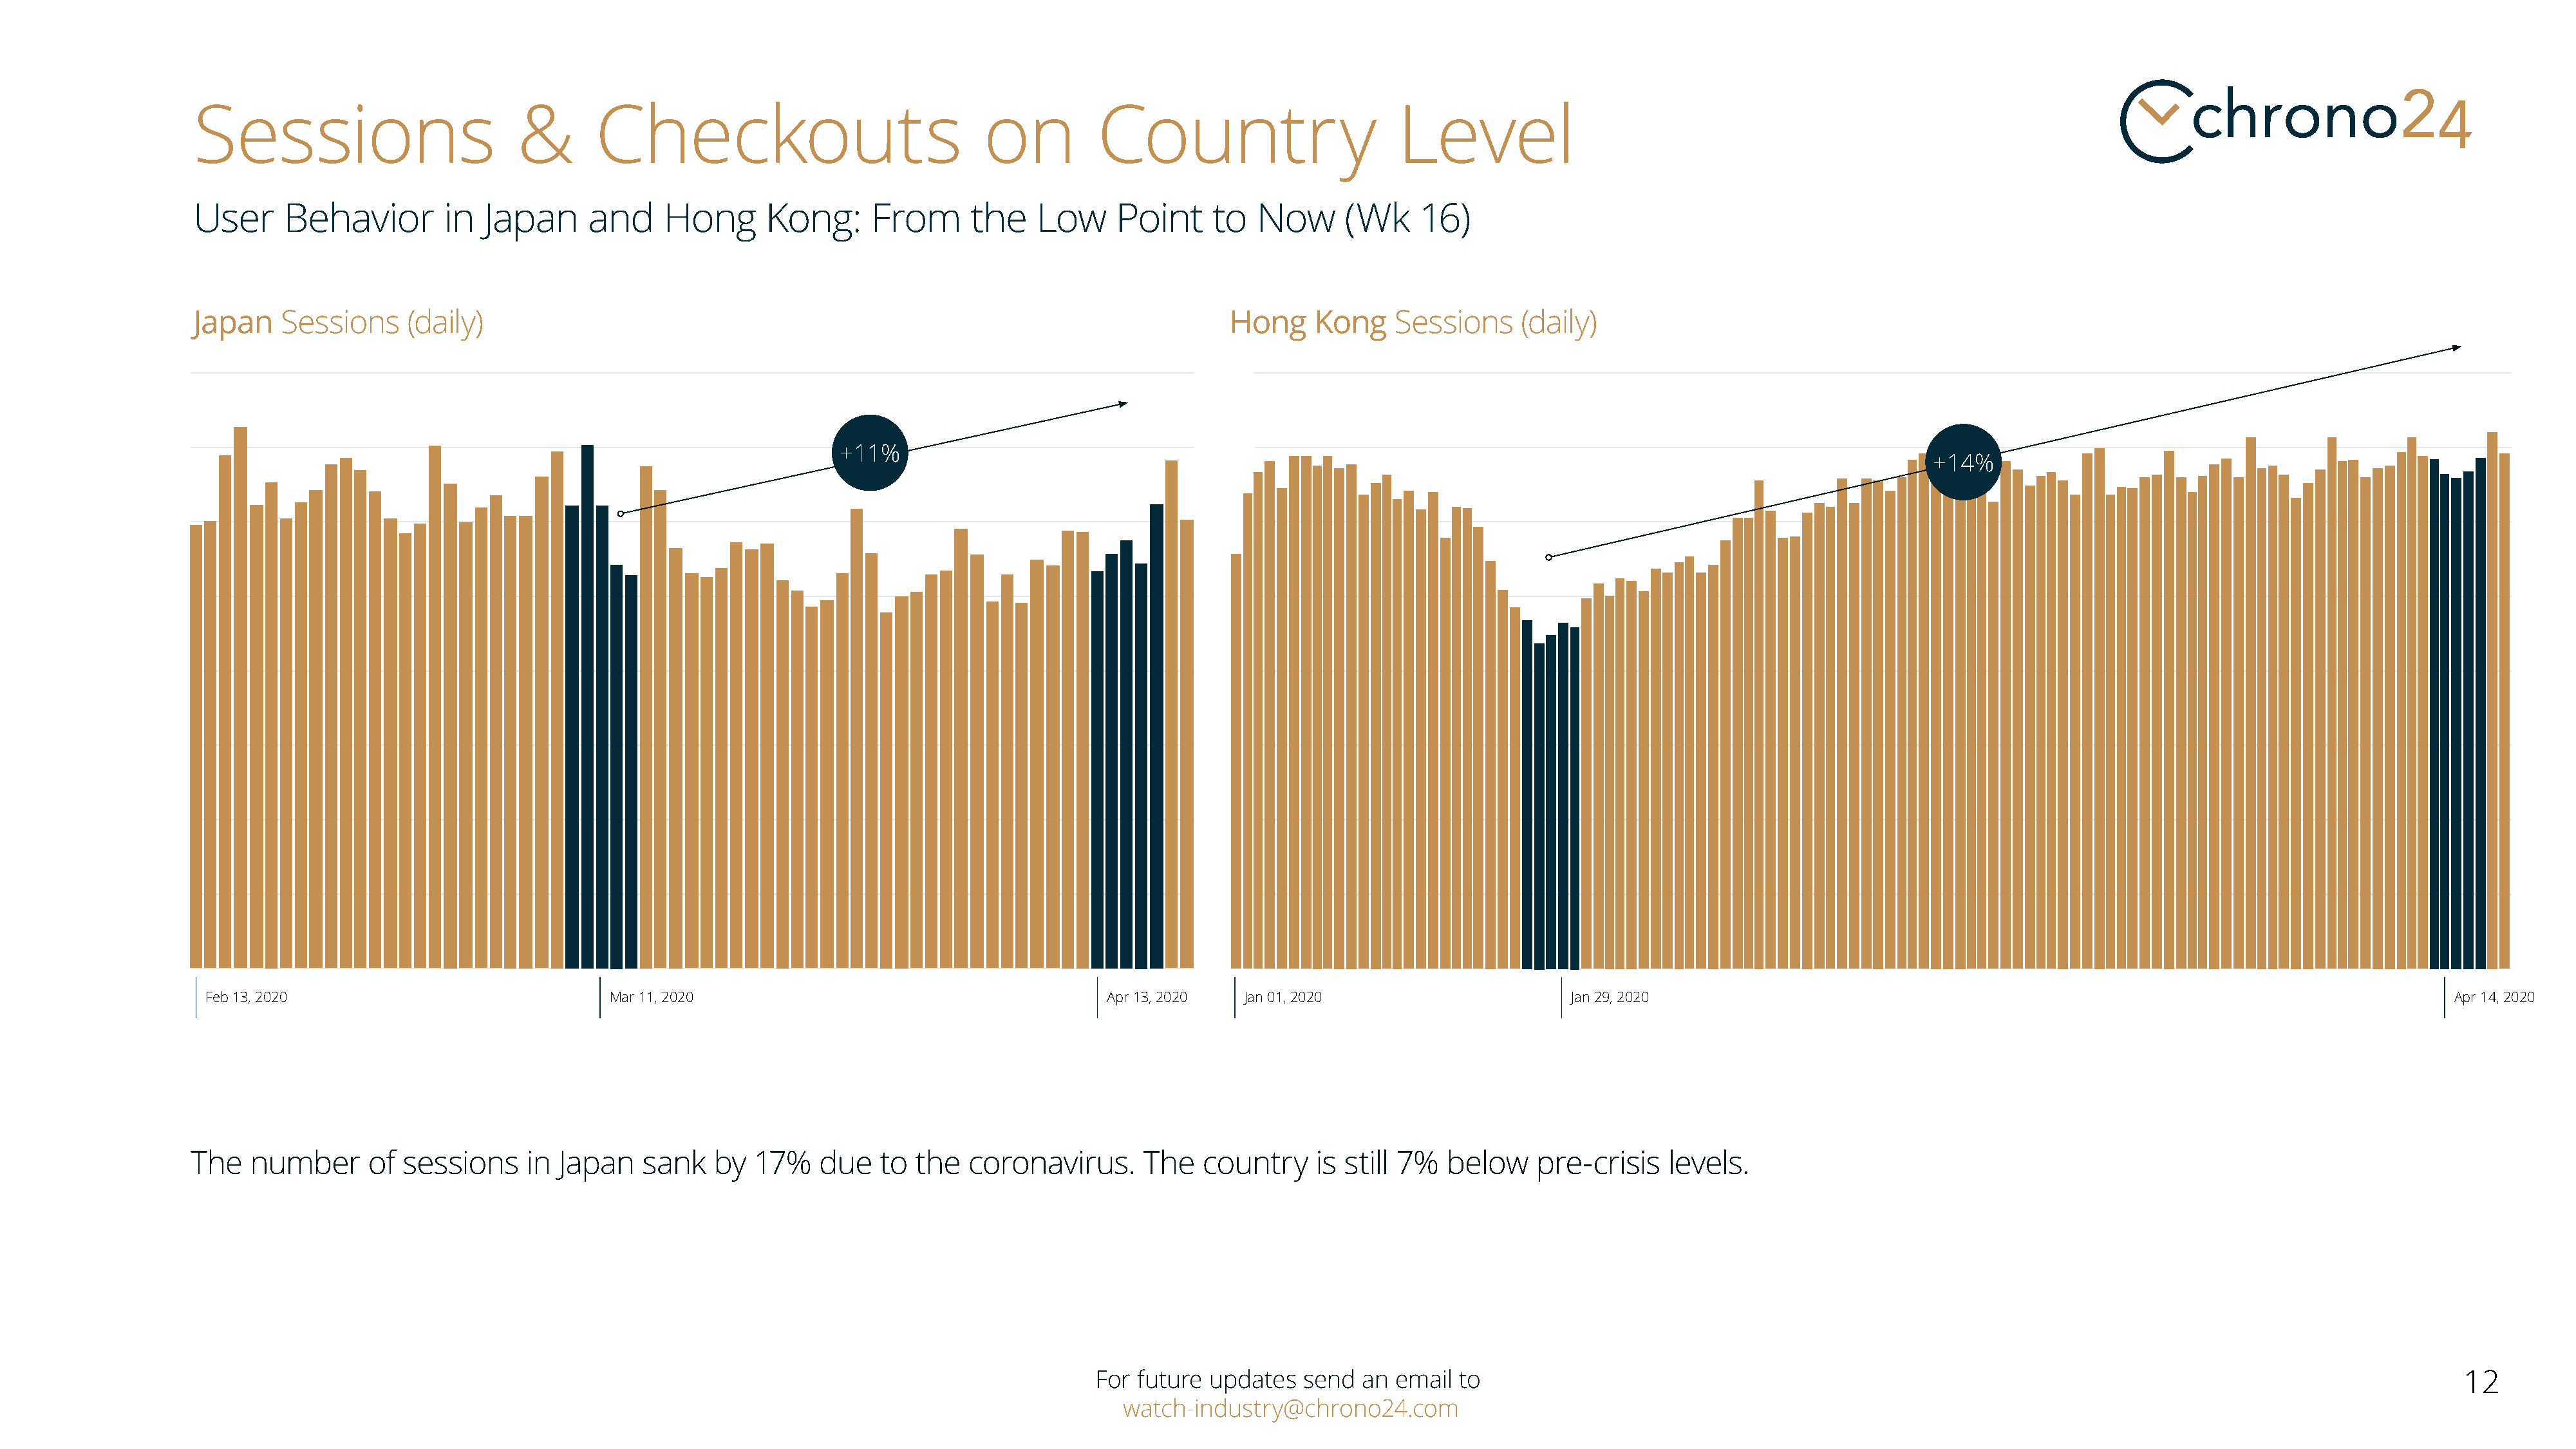
Sessions                         &       Checkouts                               on          Country                        Level
 User     Behavior         in  Japan     and     Hong       Kong:      From      the    Low     Point     to  Now      (Wk     16)
 Japan    Sessions     (daily)                                                                             Hong     Kong    Sessions     (daily)
 +11%
 +14%
 Feb 13, 2020                              Mar 11, 2020                                       Apr 13, 2020  Jan 01, 2020                      Jan 29, 2020                                                                              Apr 14, 2020
 The   number      of sessions     in Japan    sank   by  17%    due   to  the   coronavirus.      The   country    is still 7%   below    pre-crisis   levels.
 For future updates   send  an email  to                                                                                                     12
 watch-industry@chrono24.com